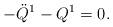
LaTeX: \begin{align*}-\ddot{Q}^{1}-Q^{1}=0.\end{align*}